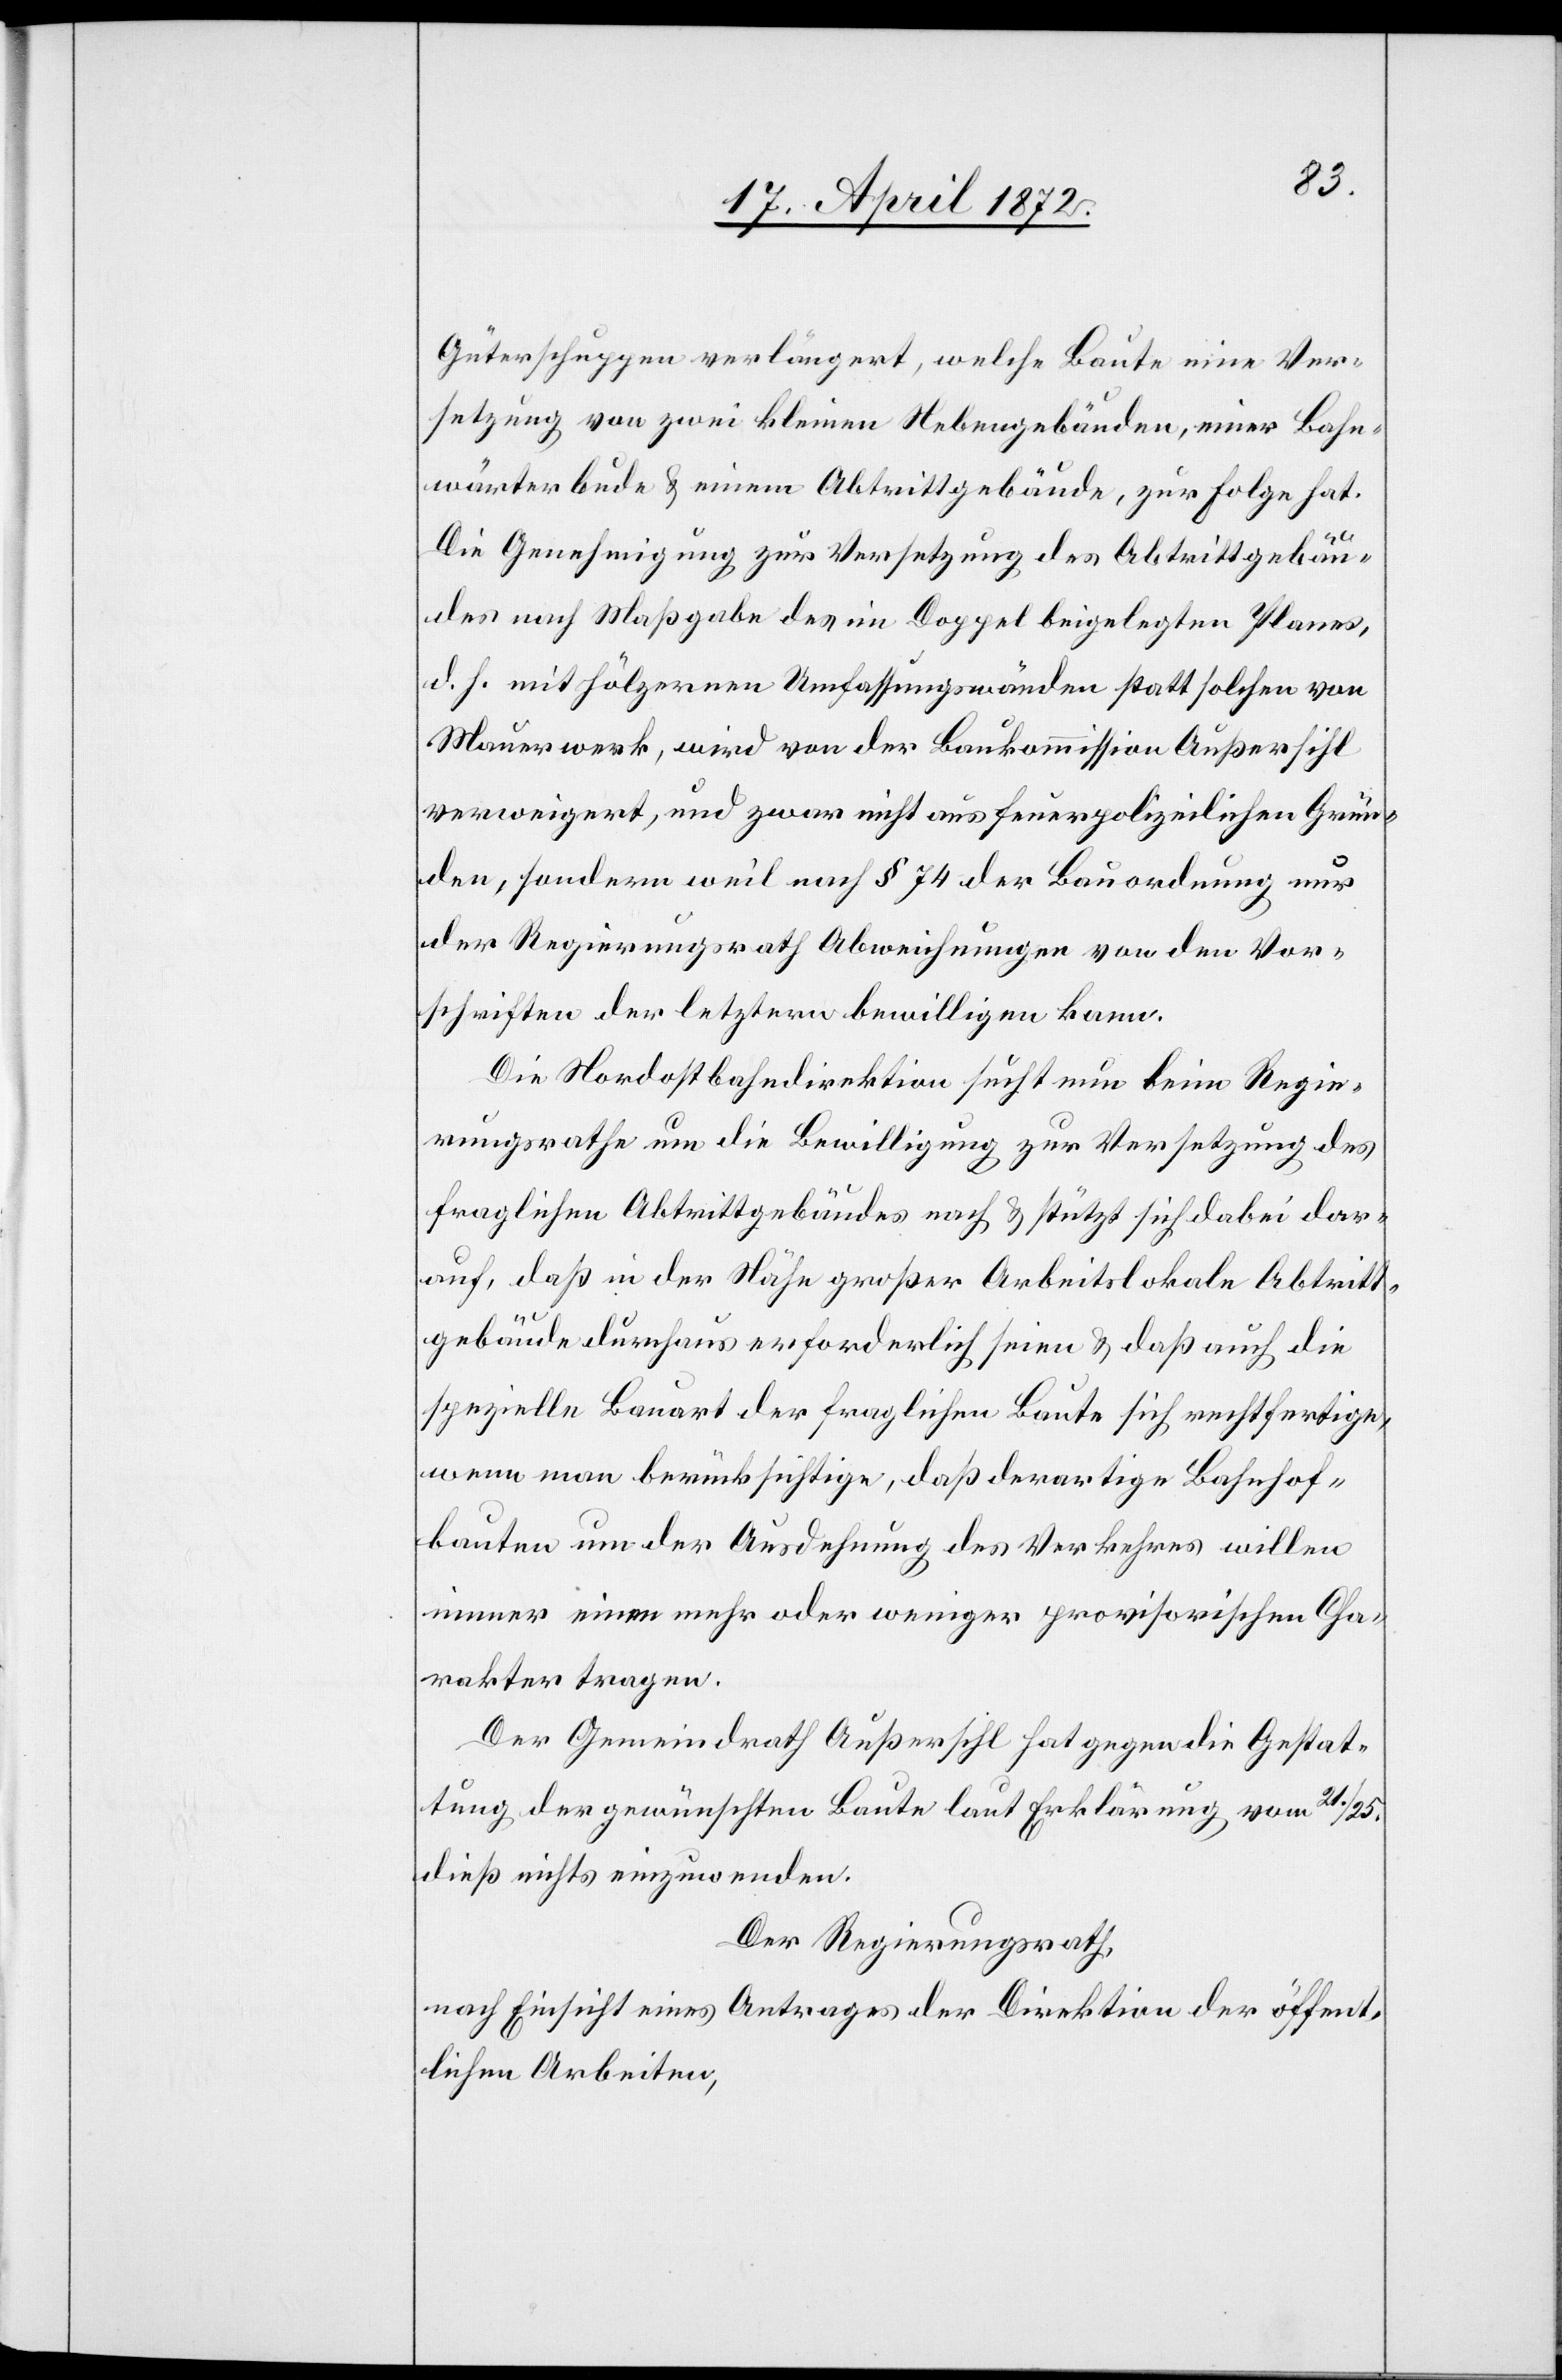
Güterschuppen verlängert, welche Baute eine Ver¬
setzung von zwei kleinen Nebengebäuden, einer Bahn¬
wärterbude u. einem Abtrittgebäude, zur Folge hat.
Die Genehmigung zur Versetzung des Abtrittgebäu¬
des nach Maßgabe des im Doppel beigelegten Planes,
d. h. mit hölzernen Umfassungswänden statt solchen von
Mauerwerk, wird von der Baukommission Außersihl
verweigert, und zwar nicht aus feuerpolizeilichen Grün¬
den, sondern weil nach § 74 der Bauordnung nur
der Regierungsrath Abweichungen von den Vor¬
schriften der letztern bewilligen kann.
Die Nordostbahndirektion sucht nun beim Regie¬
rungsrathe um die Bewilligung zur Versetzung des
fraglichen Abtrittgebäudes nach u. stützt sich dabei dar¬
auf, daß in der Nähe großer Arbeitslokale Abtritt¬
gebäude durchaus erforderlich seien u. daß auch die
spezielle Bauart der fraglichen Baute sich rechtfertige,
wenn man berücksichtige, daß derartige Bahnhof¬
bauten um der Ausdehnung des Verkehres willen
immer einen mehr oder weniger provisorischen Cha¬
rakter tragen.
Der Gemeindrath Außersihl hat gegen die Gestat¬
tung der gewünschten Baute laut Erklärung vom 21./25.
dieß nichts einzuwenden.
Der Regierungsrath,
nach Einsicht eines Antrages der Direktion der öffent¬
lichen Arbeiten,